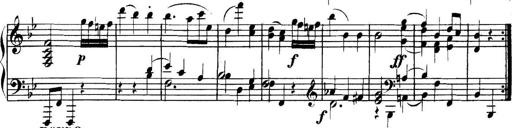
Title: Collected Piano Sonatas
Composer: Muzio Clementi